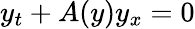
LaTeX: y_{t}+A(y)y_{x}=0